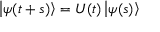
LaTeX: \left| \psi ( t + s ) \right\rangle = U ( t ) \left| \psi ( s ) \right\rangle